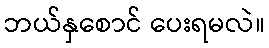
ဘယ်နှစောင် ပေးရမလဲ။